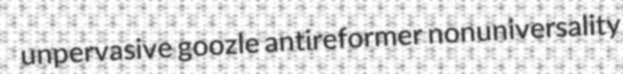
unpervasive goozle antireformer nonuniversality